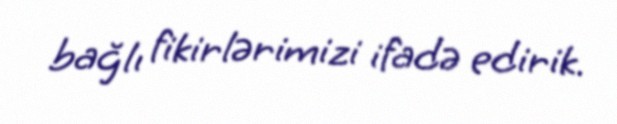
bağlı fikirlərimizi ifadə edirik.